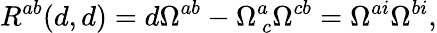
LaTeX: {R}^{ab}(d,d)=d\Omega^{ab}-\Omega_{~c}^{a}\Omega^{cb}=\Omega^{ai}\Omega^{bi},